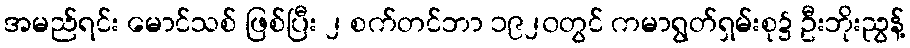
အမည်ရင်း မောင်သစ် ဖြစ်ပြီး ၂ စက်တင်ဘာ ၁၉၂၀တွင် ကမာရွတ်ရှမ်းစု၌ ဦးဘိုးညွန့်